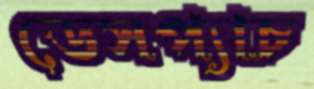
ডেসপ্যাচ